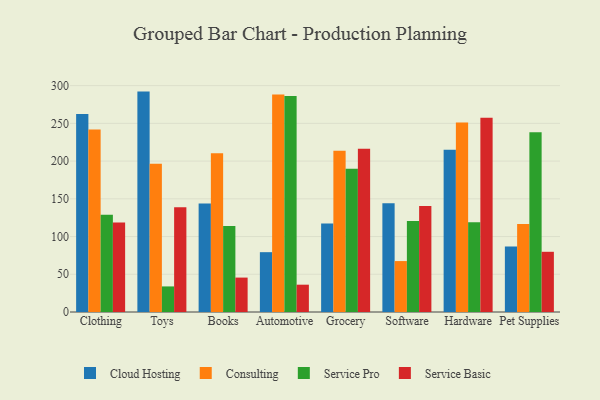
{"axis": {"x": "Category", "y": "Energy Usage (MWh)"}, "legend": ["Cloud Hosting", "Consulting", "Service Basic", "Service Pro"], "data": [{"x": "Clothing", "y": 262.4, "type": "Cloud Hosting"}, {"x": "Clothing", "y": 241.9, "type": "Consulting"}, {"x": "Clothing", "y": 128.8, "type": "Service Pro"}, {"x": "Clothing", "y": 118.7, "type": "Service Basic"}, {"x": "Toys", "y": 292.1, "type": "Cloud Hosting"}, {"x": "Toys", "y": 196.5, "type": "Consulting"}, {"x": "Toys", "y": 33.9, "type": "Service Pro"}, {"x": "Toys", "y": 138.7, "type": "Service Basic"}, {"x": "Books", "y": 143.8, "type": "Cloud Hosting"}, {"x": "Books", "y": 210.4, "type": "Consulting"}, {"x": "Books", "y": 113.9, "type": "Service Pro"}, {"x": "Books", "y": 45.6, "type": "Service Basic"}, {"x": "Automotive", "y": 79.3, "type": "Cloud Hosting"}, {"x": "Automotive", "y": 288.1, "type": "Consulting"}, {"x": "Automotive", "y": 286.4, "type": "Service Pro"}, {"x": "Automotive", "y": 36.2, "type": "Service Basic"}, {"x": "Grocery", "y": 117.2, "type": "Cloud Hosting"}, {"x": "Grocery", "y": 213.8, "type": "Consulting"}, {"x": "Grocery", "y": 189.8, "type": "Service Pro"}, {"x": "Grocery", "y": 216.3, "type": "Service Basic"}, {"x": "Software", "y": 144.0, "type": "Cloud Hosting"}, {"x": "Software", "y": 67.5, "type": "Consulting"}, {"x": "Software", "y": 120.7, "type": "Service Pro"}, {"x": "Software", "y": 140.6, "type": "Service Basic"}, {"x": "Hardware", "y": 215.0, "type": "Cloud Hosting"}, {"x": "Hardware", "y": 251.3, "type": "Consulting"}, {"x": "Hardware", "y": 118.9, "type": "Service Pro"}, {"x": "Hardware", "y": 257.3, "type": "Service Basic"}, {"x": "Pet Supplies", "y": 86.7, "type": "Cloud Hosting"}, {"x": "Pet Supplies", "y": 116.5, "type": "Consulting"}, {"x": "Pet Supplies", "y": 238.2, "type": "Service Pro"}, {"x": "Pet Supplies", "y": 79.8, "type": "Service Basic"}]}